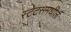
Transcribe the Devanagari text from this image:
स्टेटसमधील